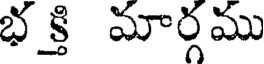
భక్తి మార్గము